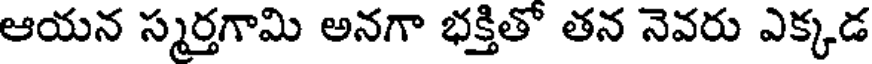
ఆయన స్మర్తగామి అనగా భక్తితో తన నెవరు ఎక్కడ